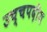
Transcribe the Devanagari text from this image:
उच्चपदीय